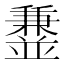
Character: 𫡁